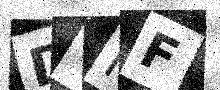
Text: DYMF